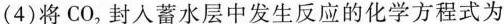
(4)将CO_{2}封入蓄水层中发生反应的化学方程式为